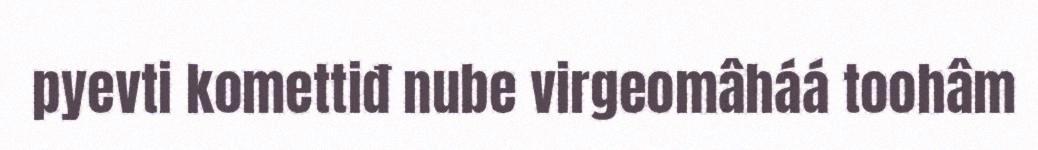
pyevti komettiđ nube virgeomâháá toohâm